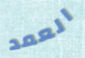
العمد